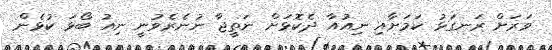
ވަރަށް ރަނގަޅު ކަމަށާއި ނިއުއާ ދެކޮޅަށް ނަތީޖާ ނުނެރެވުނީ ނިއު ބޯޅަ ކުޅެން